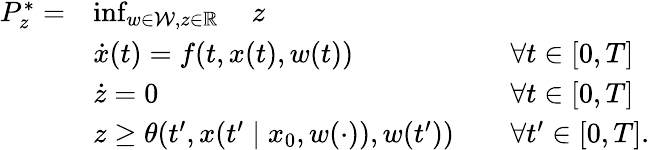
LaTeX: \begin{array}{rlrl}{P_{z}^{*}=}&{\operatorname*{inf}_{w\in\mathcal{W},z\in\mathbb{R}}\quad z}\\ &{\dot{x}(t)=f(t,x(t),w(t))}&&{\forall t\in[0,T]}\\ &{\dot{z}=0}&&{\forall t\in[0,T]}\\ &{z\geq\theta(t^{\prime},x(t^{\prime}\mid x_{0},w(\cdot)),w(t^{\prime}))}&&{\forall t^{\prime}\in[0,T].}\end{array}